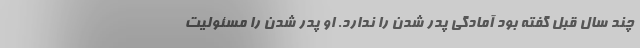
چند سال قبل گفته بود آمادگی پدر شدن را ندارد. او پدر شدن را مسئولیت